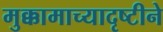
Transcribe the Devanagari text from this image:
मुक्कामाच्यादृष्टीने